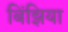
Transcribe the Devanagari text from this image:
बिंझिया